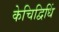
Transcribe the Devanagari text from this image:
केचिद्विधिं